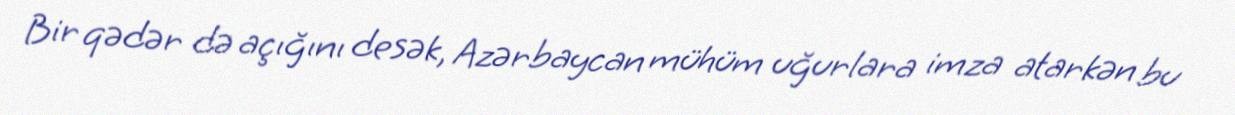
Bir qədər də açığını desək, Azərbaycan mühüm uğurlara imza atarkən bu